Madras plague regulations and rules - Volume 1
Disease focus: Plague
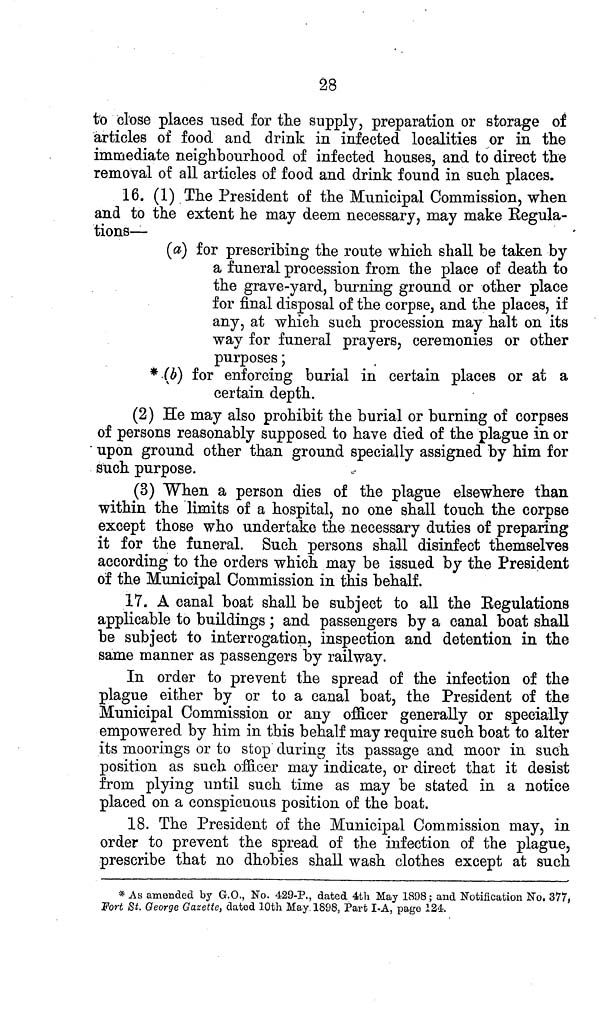
28
to close places used for the supply, preparation or storage of
articles of food and drink in infected localities or in the
immediate neighbourhood of infected houses, and to direct the
removal of all articles of food and drink found in such places.
16. (1) The President of the Municipal Commission, when
and to the extent he may deem necessary, may make Regula-
tions—
(a) for prescribing the route which shall be taken by
a funeral procession from the place of death to
the grave-yard, burning ground or other place
for final disposal of the corpse, and the places, if
any, at which such procession may halt on its
way for funeral prayers, ceremonies or other
purposes;
* (b) for enforcing burial in certain places or at a
certain depth.
(2) He may also prohibit the burial or burning of corpses
of persons reasonably supposed to have died of the plague in or
upon ground other than ground specially assigned by him for
such purpose.
(3) When a person dies of the plague elsewhere than
within the limits of a hospital, no one shall touch the corpse
except those who undertake the necessary duties of preparing
it for the funeral. Such persons shall disinfect themselves
according to the orders which may be issued by the President
of the Municipal Commission in this behalf.
17. A canal boat shall be subject to all the Regulations
applicable to buildings; and passengers by a canal boat shall
be subject to interrogation, inspection and detention in the
same manner as passengers by railway.
In order to prevent the spread of the infection of the
plague either by or to a canal boat, the President of the
Municipal Commission or any officer generally or specially
empowered by him in this behalf may require such boat to alter
its moorings or to stop daring its passage and moor in such
position as such officer may indicate, or direct that it desist
from, plying until such time as may be stated in a notice
placed on a conspicuous position of the boat.
18. The President of the Municipal Commission may, in
order to prevent the spread of the infection of the plague,
prescribe that no dhobies shall wash clothes except at such
* As amended by G.O., No. 429-P., dated 4th May 1898; and Notification No. 377,
Fort St. George Gazette, dated 10th May 1898, Part I-A, page 124.